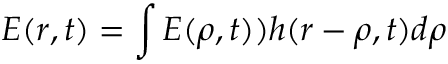
E ( r , t ) = \int E ( \rho , t ) ) h ( r - \rho , t ) d \rho